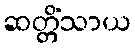
ဆတ္တိံသာယ